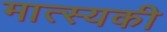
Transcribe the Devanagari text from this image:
मात्स्यकी